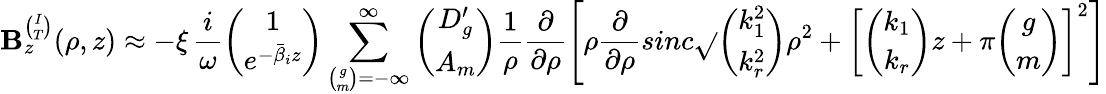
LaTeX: \mathbf{B}_{z}^{\binom{I}{T}}(\rho,z)\approx-\xi\, \frac{{i}}{{\omega}}{\binom{1}{e^{-\bar{{\beta}}_{i}z}}}\sum_{{\binom{g}{m}}=-\infty}^{\infty}{\binom{D_{g}^{\prime}}{A_{m}}}\frac{{1}}{{\rho}}\frac{{\partial}}{{\partial\rho}}\left[\rho\frac{{\partial}}{{\partial\rho}}sinc\sqrt{}{{{\binom{k_{1}^{2}}{k_{r}^{2}}}\rho^{2}+\left[{\binom{k_{1}}{k_{r}}}z+\pi{\binom{g}{m}}\right]^{2}}}\right]